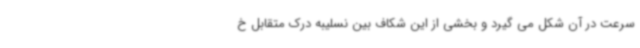
سرعت در آن شکل می گیرد و بخشی از این شکاف بین نسلیبه درک متقابل خ